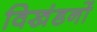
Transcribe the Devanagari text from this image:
विखंडनों